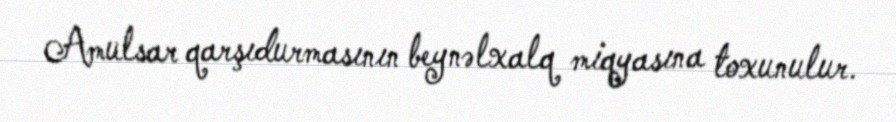
Amulsar qarşıdurmasının beynəlxalq miqyasına toxunulur.